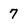
Character: 7